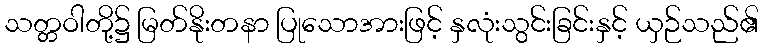
သတ္တဝါတို့၌ မြတ်နိုးတနာ ပြုသောအားဖြင့် နှလုံးသွင်းခြင်းနှင့် ယှဉ်သည်၏